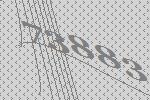
73883